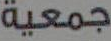
جمعية